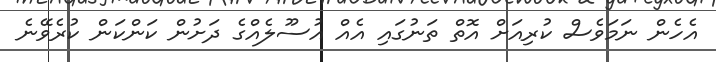
އެހެން ނަމަވެސް ކުރިއަށް އޮތް ތަނުގައި އެއް އުސޫލެއްގެ ދަށުން ކަންކަން ކުރެވޭނެ